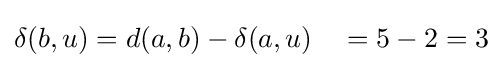
\delta (b,u)=d(a,b)-\delta (a,u)\quad =5-2=3